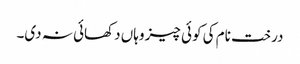
درخت نام کی کوئی چیز وہاں دکھائی نہ دی۔